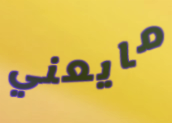
مايعني